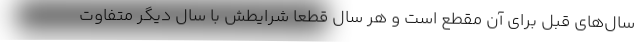
سال‌های قبل برای آن مقطع است و هر سال قطعاً شرایطش با سال دیگر متفاوت